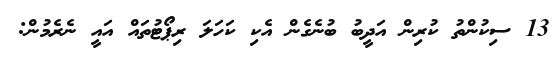
13 ސިކުންތު ކުރިން އަދީބު ބުނެގެން އެކި ކަހަލަ ރިޕޯޓުތައް އައީ ނެރެމުން: